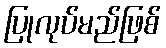
ပြုလုပ်မည်ဖြစ်